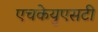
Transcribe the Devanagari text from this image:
एचकेयुएसटी